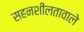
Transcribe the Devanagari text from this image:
सहनशीलतावाले